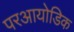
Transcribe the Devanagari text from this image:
परआयोडिक